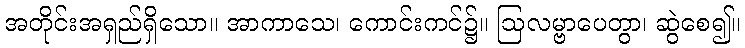
အတိုင်းအရှည်ရှိသော။ အာကာသေ၊ ကောင်းကင်၌။ ဩလမ္ဗာပေတွာ၊ ဆွဲစေ၍။